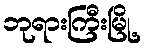
ဘုရားကြီးမြို့